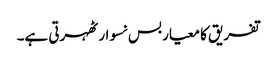
تفریق کا معیار بس نسوار ٹھہرتی ہے۔